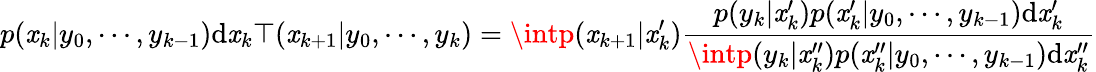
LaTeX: p(\mathit{x}_{k}|y_{0},\cdots,y_{k-1})\mathrm{d}\mathit{x}_{k}\top(\mathit{x}_{k+1}|y_{0},\cdots,y_{k})=\intp(\mathit{x}_{k+1}|\mathit{x}_{k}^{\prime}){\frac{{p(y_{k}|\mathit{x}_{k}^{\prime})p(\mathit{x}_{k}^{\prime}|y_{0},\cdots,y_{k-1})\mathrm{d}\mathit{x}_{k}^{\prime}}}{{\intp(y_{k}|\mathit{x}_{k}^{\prime\prime})p(\mathit{x}_{k}^{\prime\prime}|y_{0},\cdots,y_{k-1})\mathrm{d}\mathit{x}_{k}^{\prime\prime}}}}